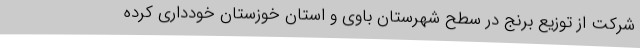
شرکت از توزیع برنج در سطح شهرستان باوی و استان خوزستان خودداری کرده